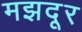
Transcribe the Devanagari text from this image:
मझदूर